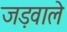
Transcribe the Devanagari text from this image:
जड़वाले